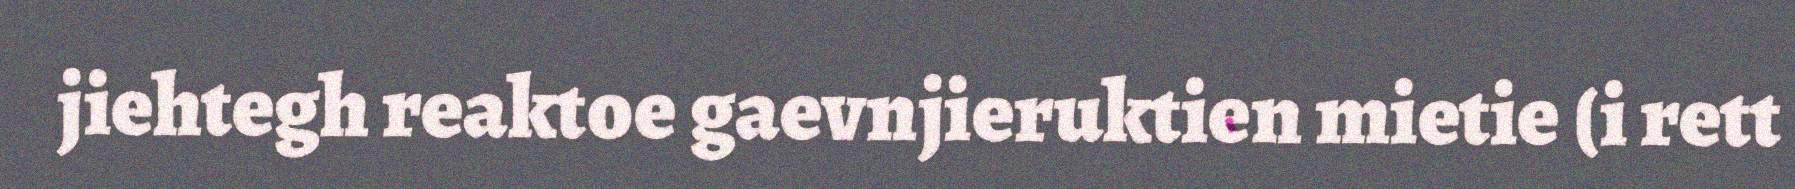
jiehtegh reaktoe gaevnjieruktien mietie (i rett